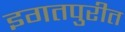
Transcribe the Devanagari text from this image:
इगतपुरीत